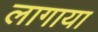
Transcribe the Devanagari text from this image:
लागाया